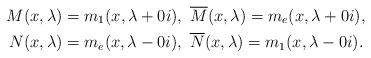
LaTeX: \begin{align*}M(x,\lambda) &= m_1(x,\lambda+0i),~ \overline{M}(x,\lambda)=m_e(x,\lambda+0i),\\N(x,\lambda) &= m_e(x,\lambda-0i), ~\overline{N}(x,\lambda)=m_1(x,\lambda-0i).\end{align*}